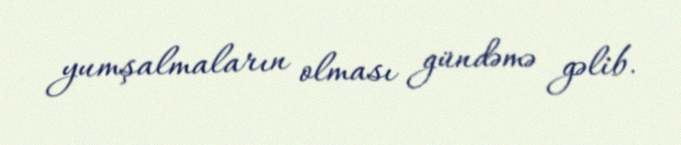
yumşalmaların olması gündəmə gəlib.